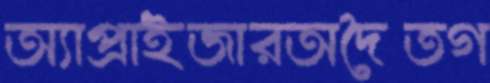
অ্যাপ্রাইজারঅদৈতগ